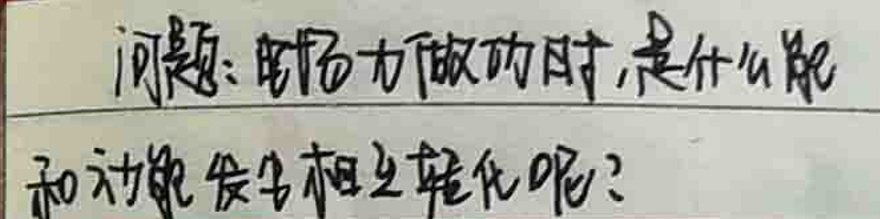
问题：电场力做功时，是什么能和动能发生相互替代呢？